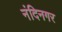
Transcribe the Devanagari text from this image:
नंदिनगर